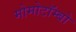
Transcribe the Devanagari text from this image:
मोमोटॉम्बो